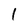
Character: 1